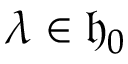
\lambda \in { \mathfrak { h } } _ { 0 }